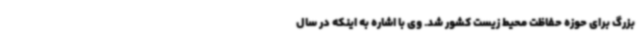
بزرگ برای حوزه حفاظت محیط زیست کشور شد. وی با اشاره به اینکه در سال